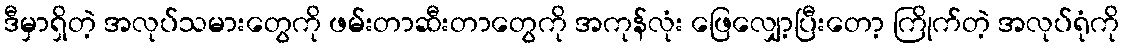
ဒီမှာရှိတဲ့ အလုပ်သမားတွေကို ဖမ်းတာဆီးတာတွေကို အကုန်လုံး ဖြေလျှော့ပြီးတော့ ကြိုက်တဲ့ အလုပ်ရုံကို